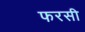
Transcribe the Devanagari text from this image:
फरसी